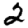
Digit: 2